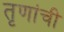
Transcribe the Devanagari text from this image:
तृणांची